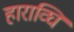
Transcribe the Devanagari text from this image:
हाराव्घि